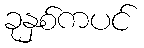
ခုနှစ်ကပင်